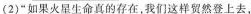
（2）”如果火星生命真的存在，我们这样贸然登上去，